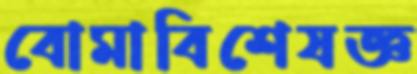
বোমাবিশেষজ্ঞ